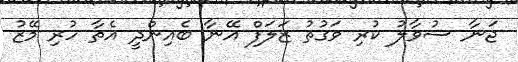
ޖަނާ ސުވާލު ކުރި ވަގުތު ޒަލަފް އޭނާ ބެއިންދީ އެތާ ހުރި މޭޒު